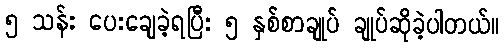
၅ သန်း ပေးချေခဲ့ရပြီး ၅ နှစ်စာချုပ် ချုပ်ဆိုခဲ့ပါတယ်။